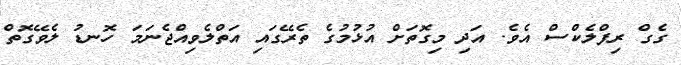
ގެގް ރިފްލެކްސް އެވެ. އަދި މިގޮތަށް އުޅުމުގެ ތެރޭގައި އަތްލެވިއްޖެނަމަ ހޮނޑު ލެވޭގޮތް